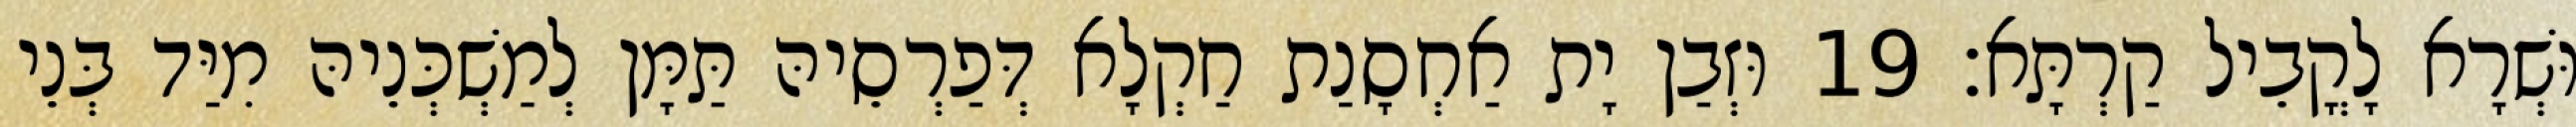
וּשְׁרָא לָקֳבֵיל קַרְתָּא׃ 19 וּזְבַן יָת אַחְסָנַת חַקְלָא דְּפַרְסֵיהּ תַּמָּן לְמַשְׁכְּנֵיהּ מִיַּד בְּנֵי